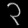
Digit: ၃